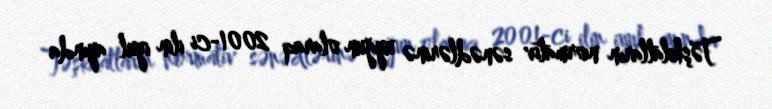
Təşkilatların normativ sənədlərinə uyğun olaraq 2001-ci ilin iyul ayında